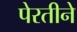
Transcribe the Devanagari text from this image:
पेरतीने